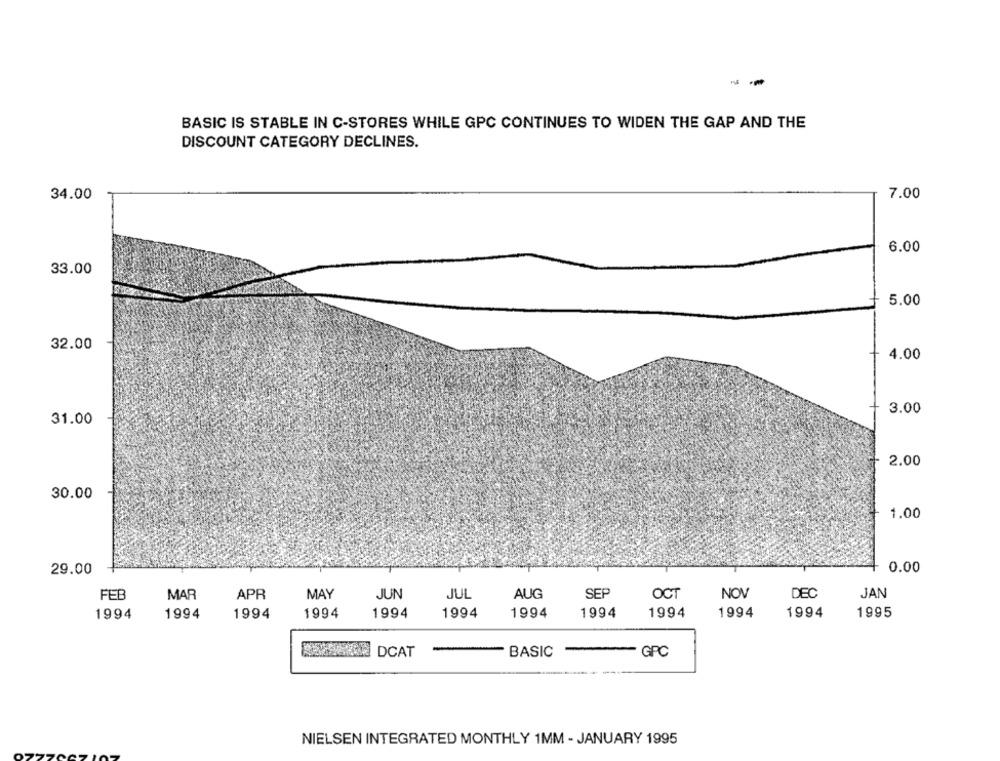
--
BASIC IS STABLE IN C-STORES WHILE GPC CONTINUES TO WIDEN THE GAP AND THE
DISCOUNT CATEGORY DECLINES.
34.00
7.00
6.00
33.00
5.00
32.00
4.00
3.00
31.00
2.00
30.00
1.00
29.00
0.00
SEF
JAN
FEB
MAR
APR
MAY
JUN
JUL
AUG
OCT
NOV
DEC
1994
1994
1994
1994
1994
1994
1994
1994
1994
1994
1994
1995
DCAT
-
BASIC
GPC
NIELSEN INTEGRATED MONTHLY 1MM - JANUARY 1995